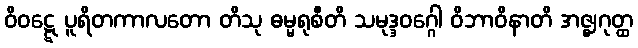
ဝိဝဋ္ဋေ ပူရိတကာလတော တိသု ဓမ္မရုစီတိ သမုဒ္ဒဝဂ္ဂေါ ဝိဘာဝိနာတိ အဇ္ဈဂုတ္ထ